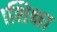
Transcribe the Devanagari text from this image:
।शिक्षा